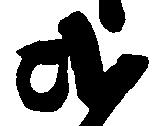
弐